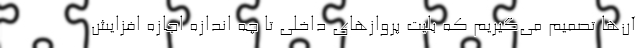
آن‌ها تصمیم می‌گیریم که بلیت پروازهای داخلی تا چه اندازه اجازه افزایش